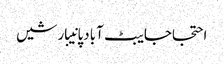
احتجاجایبٹ آبادپانیبارشیں